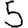
Digit: 5